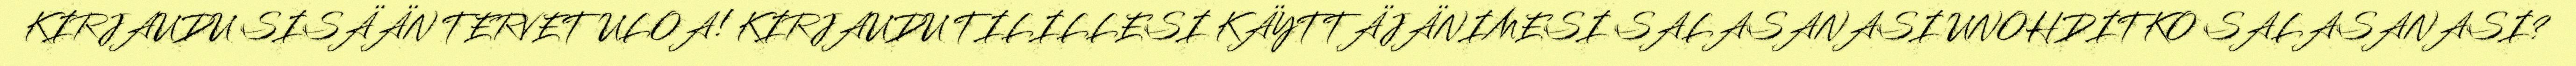
KIRJAUDU SISÄÄN TERVETULOA! KIRJAUDU TILILLESI KÄYTTÄJÄNIMESI SALASANASI UNOHDITKO SALASANASI?